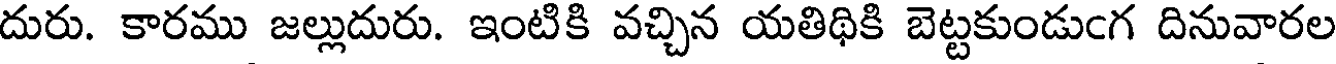
దురు. కారము జల్లుదురు. ఇంటికి వచ్చిన యతిథికి బెట్టకుండుఁగ దినువారల